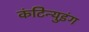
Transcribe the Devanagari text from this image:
कंटिन्युइंग